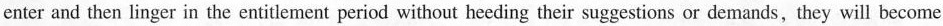
enter and then linger in the entitlement period without heeding their suggestions or demands, they will become